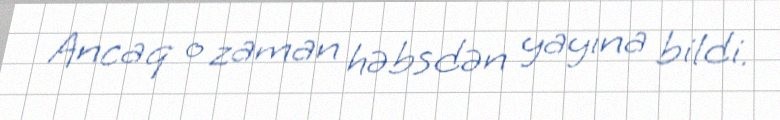
Ancaq o zaman həbsdən yayına bildi.